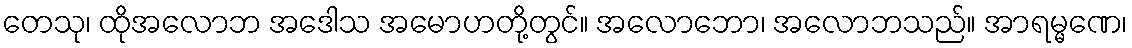
တေသု၊ ထိုအလောဘ အဒေါသ အမောဟတို့တွင်။ အလောဘော၊ အလောဘသည်။ အာရမ္မဏေ၊